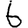
Digit: 6